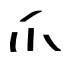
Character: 爪